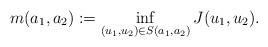
LaTeX: \begin{align*} m(a_1, a_2):=\inf_{(u_1, u_2) \in S(a_1, a_2)}J(u_1, u_2).\end{align*}